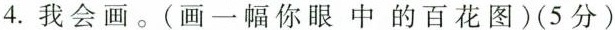
4.我会画。(画一幅你眼中的百花图)(5分)